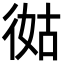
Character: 㣨